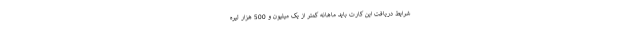
شرایط دریافت این کارت باید ماهانه کمتر از یک میلیون و 500 هزار لیره